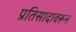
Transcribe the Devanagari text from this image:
प्रतिसादावरून